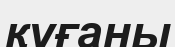
қуғаны